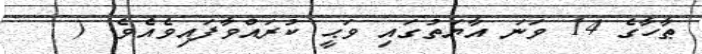
ޠާހާގެ 14 ވަނަ އާޔަތުގައި ވަޙީ ކުރައްވާފައިވެއެވެ. (